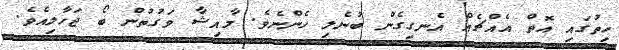
ހިތުގައި އޮތް އެއްޗެއް އެނގިގެން ބުނެލި ހެންނެވެ. މާއިޝާ ވަގުތުން ބޯ ޖަހާލިއެވެ.